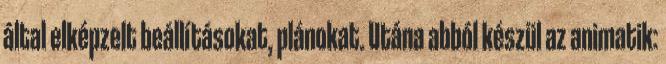
által elképzelt beállításokat, plánokat. Utána abból készül az animatik: